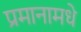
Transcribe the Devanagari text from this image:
प्रमानामधे